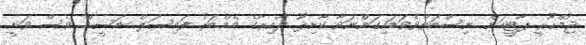
ޖުމްހޫރީ ޕާޓީއަށް ނިސްބަތްވެވަޑައިގަންނަވާ ކާށިދޫ ދާއިރާގެ މެމްބަރު ފައިސަލް ނަސީމް ވެސް ވަނީ